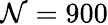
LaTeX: \mathcal{N}=900